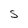
Character: S